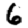
Digit: 6